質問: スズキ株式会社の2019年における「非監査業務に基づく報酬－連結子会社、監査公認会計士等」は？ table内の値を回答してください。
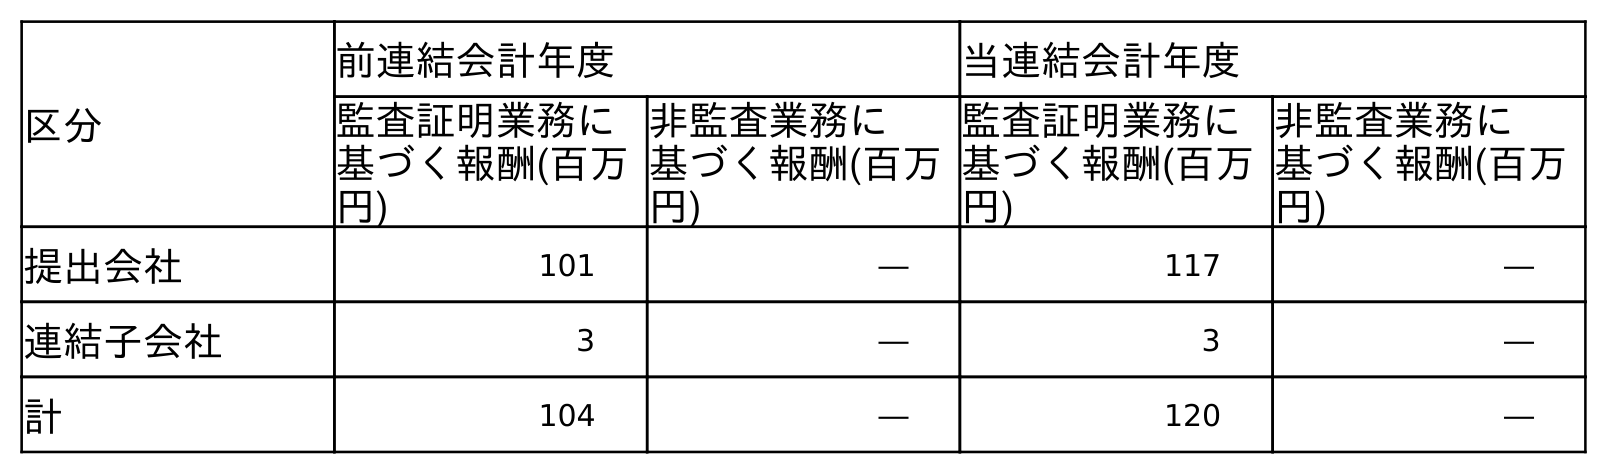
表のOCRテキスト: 区分 前連結会計年度 当連結会計年度 監査証明業務に 基づく報酬(百万 円) 非監査業務に 基づく報酬(百万 円) 監査証明業務に 基づく報酬(百万 円) 非監査業務に 基づく報酬(百万 円) 提出会社 101 ― 117 ― 連結子会社 3 ― 3 ― 計 104 ― 120 ―
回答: ―